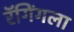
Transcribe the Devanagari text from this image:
रॅगिंगला